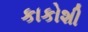
કાકોશી